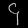
Digit: ၄